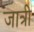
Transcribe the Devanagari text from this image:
जात्री